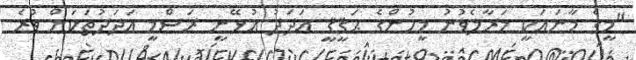
"މީގެ މާނައަކީ މަރާލެވުނު މީހުންގެ ޙަޤީޤީ އަދަދު އުޅޭނީ ރަސްމީ އަދަދުތަކަށް ވުރެ